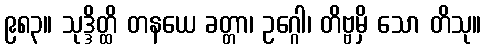
၉၈၃။ သုဒ္ဒိတ္ထိ တနယေ ခတ္တာ၊ ဥဂ္ဂေါ၊ တိဗ္ဗမှိ သော တိသု။